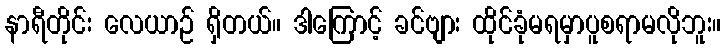
နာရီတိုင်း လေယာဉ် ရှိတယ်။ ဒါကြောင့် ခင်ဗျား ထိုင်ခုံမရမှာပူစရာမလိုဘူး။